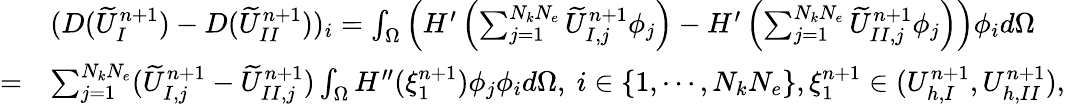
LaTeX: \begin{array}{rl}&{(D(\widetilde{U}_{I}^{n+1})-D(\widetilde{U}_{II}^{n+1}))_{i}=\int_{\Omega}\left(H^{\prime}\left(\sum_{j=1}^{N_{k}N_{e}}\widetilde{U}_{I,j}^{n+1}\phi_{j}\right)-H^{\prime}\left(\sum_{j=1}^{N_{k}N_{e}}\widetilde{U}_{II,j}^{n+1}\phi_{j}\right)\right)\phi_{i}d\Omega}\\ {=}&{\sum_{j=1}^{N_{k}N_{e}}(\widetilde{U}_{I,j}^{n+1}-\widetilde{U}_{II,j}^{n+1})\int_{\Omega}H^{\prime\prime}(\xi_{1}^{n+1})\phi_{j}\phi_{i}d\Omega,\ i\in\{ 1,\cdots,N_{k}N_{e}\} ,\xi_{1}^{n+1}\in(U_{h,I}^{n+1},U_{h,II}^{n+1}),}\end{array}